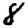
Digit: 8